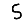
Digit: 5